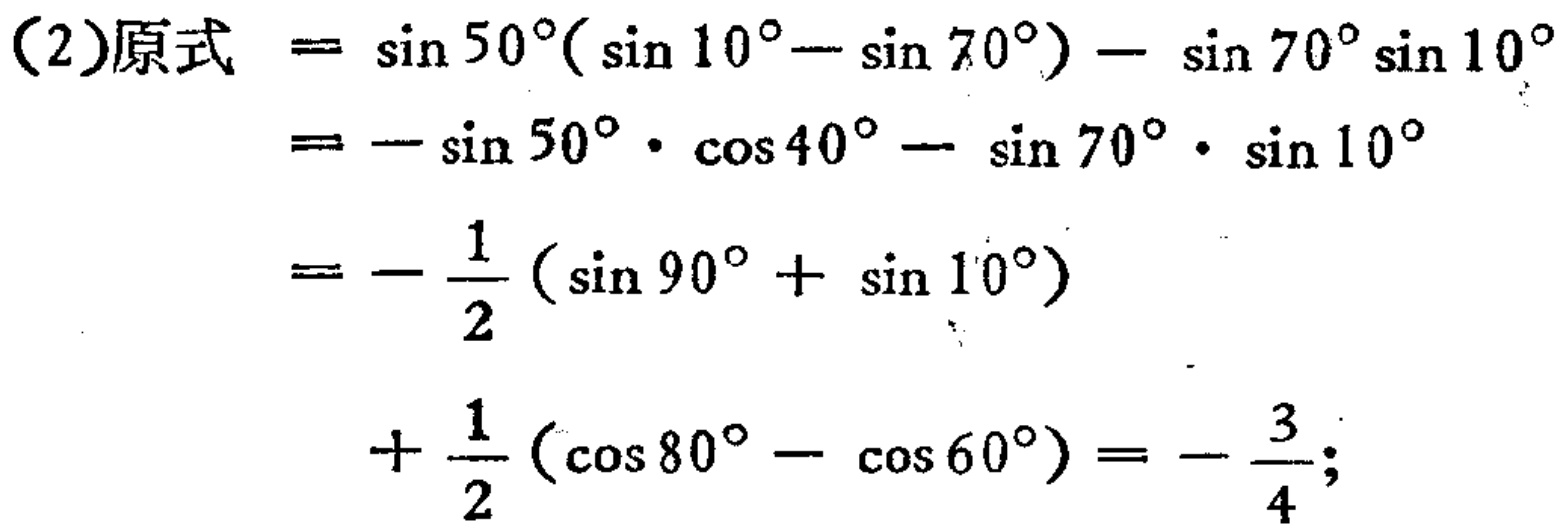
\[

\begin{align*}

&(2)\text{原式}=\sin50^{\circ}(\sin10^{\circ}-\sin70^{\circ})-\sin70^{\circ}\sin10^{\circ}\\

&=-\sin50^{\circ}\cdot\cos40^{\circ}-\sin70^{\circ}\cdot\sin10^{\circ}\\

&=-\frac{1}{2}(\sin90^{\circ}+\sin10^{\circ})\\

&\quad+\frac{1}{2}(\cos80^{\circ}-\cos60^{\circ})=-\frac{3}{4};

\end{align*}

\]